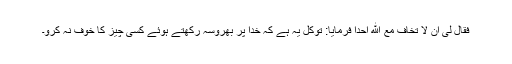
فقال لی ان لا تخاف مع الله احدا فرمایا: توکل یہ ہے کہ خدا پر بھروسہ رکھتے ہوئے کسی چیز کا خوف نہ کرو۔